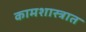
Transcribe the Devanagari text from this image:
कामशास्त्रात